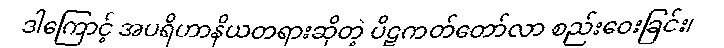
ဒါကြောင့် အပရိဟာနိယတရားဆိုတဲ့ ပိဋကတ်တော်လာ စည်းဝေးခြင်း၊